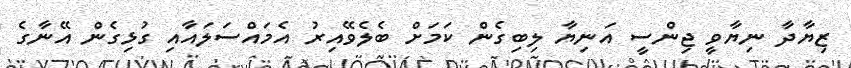
ޒިޔާދާ ނިޔާވީ ޖިންސީ އަނިޔާ ލިބިގެން ކަމަށް ބެލެވޭއިރު އެމައްސަލައާއި ގުޅިގެން އޭނާގެ